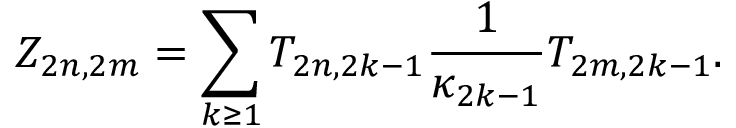
Z _ { 2 n , 2 m } = \sum _ { k \geq 1 } T _ { 2 n , 2 k - 1 } \frac { 1 } { \kappa _ { 2 k - 1 } } T _ { 2 m , 2 k - 1 } .